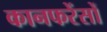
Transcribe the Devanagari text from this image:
कानफरेंसों